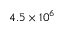
4 . 5 \times 1 0 ^ { 6 }